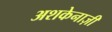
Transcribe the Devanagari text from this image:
अशकेनाज़ी